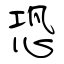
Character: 恐